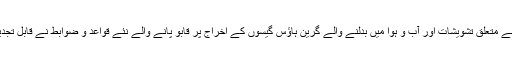
ایک گرم جوشی والی دنیا سے متعلق تشویشات اور آب و ہوا میں بدلنے والے گرین ہاؤس گیسوں کے اخراج پر قابو پانے والے نئے قواعد و ضوابط نے قابل تجدید ذرائع میں اضافہ کیا ہے۔